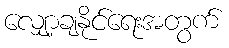
လျှော့ချနိုင်ရေးအတွက်